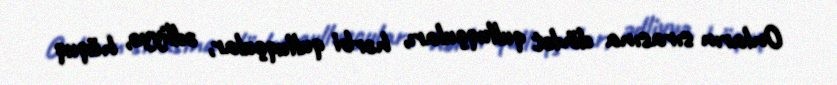
Onların sırasına dövlət qulluqçuları, hərbi qulluqçular, ədliyyə, hüquq